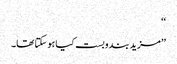
‘‘
’’مزید بندوبست کیا ہو سکتا تھا۔